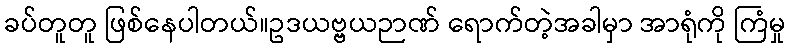
ခပ်တူတူ ဖြစ်နေပါတယ်။ဥဒယဗ္ဗယဉာဏ် ရောက်တဲ့အခါမှာ အာရုံကို ကြံမှု